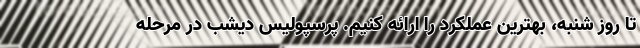
تا روز شنبه، بهترین عملکرد را ارائه کنیم. پرسپولیس دیشب در مرحله